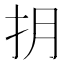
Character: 抈